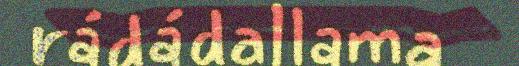
rádádallama